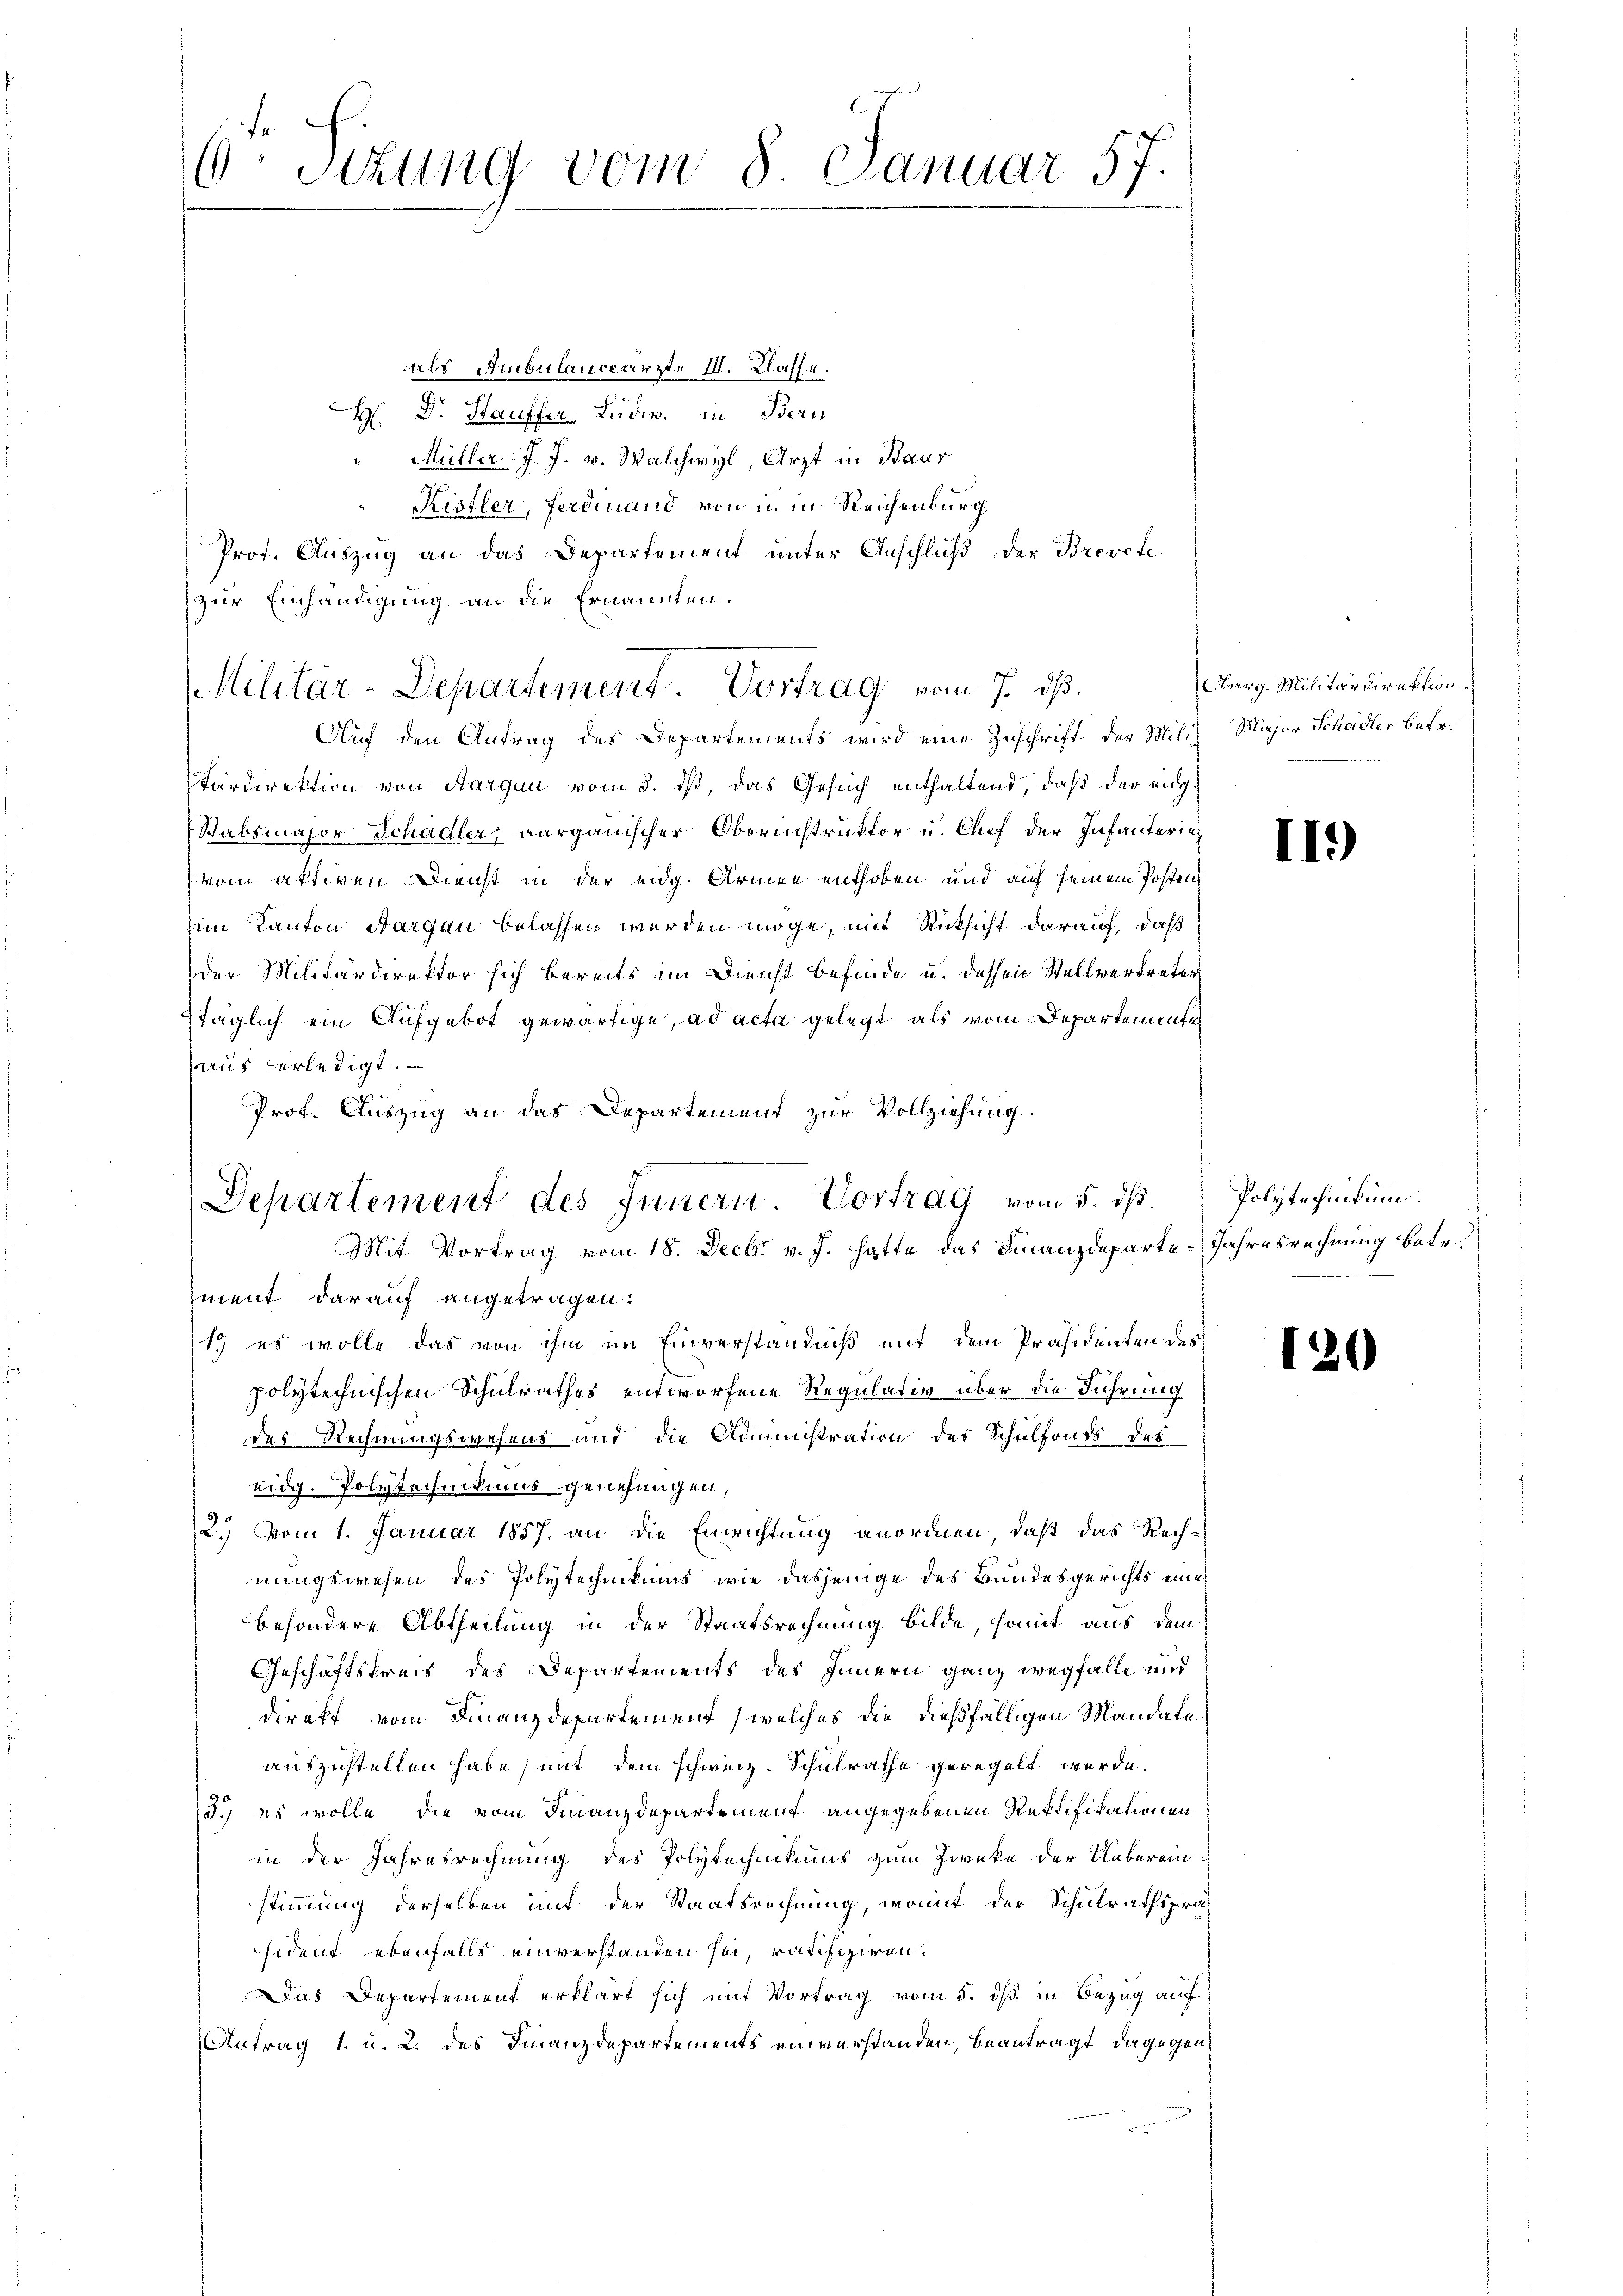
6 Sizung vom 8. Januar 57.

Militar-Departement. Vortrag vom 7. ds.

Departement des Innern. Vortrag vom 5. ds.
Mit Vortrag vom 18. Decbr v. J. hatte das Finanzdeparte-Jahresrechnung betr.

als Ambulanceärzte III. Klaff u.
H. Dr. Stauffer, Ludw. in Bern
" Müller. J. J. v. Walchwyl, Arzt in Baar
Kistler, Ferdinand von in in Reichenburg,
Prof. Auszug an das Departement unter Anschluß der Brevete
zur Einhändigung an die Ernannten.
Auf den Antrag des Departements wird eine Zuschrift der Miliz Mijor Schädler betr.
färdirektion von Aargau vom 3. ds, das Gesuch enthaltend, daß der eig
Stabsmajor Schadler aargauischer Oberinstruktor u. Chef der Infanterinvom aktiven Dienst in der eidg. Armee enthoben und auf seinem Posten
im Kanton Aargau belassen werden möge, mit Rücksicht darauf, daß
der Militärdirektor sich bereits im Dienst befinde u. dessen Stellvertreten
stäglich ein Aufgebot gewärtige, ad acta gelegt, als vom Departemente
aus verledigt.
Prof. Auszug an das Departement zur Vollziehung.
ment darauf angetragen.
19 es wolle das von ihm im Einverständniß mit dem Präsidenten des
polytechnischen Schulrathes entworfene Regulativ über die Führung
des Rechnungswesens und die Administration des Schulfonds des
eidg. Polytechnikumus genehmigen,
2.) Vom 1. Januar 1857. an die Einrichtung anormen, daß das Rechnungswesen des Polytechnikums, wie dasjenige des Bundesgerichts eine
besondere Abtheilung in der Staatsrechnung bilde, somit aus dem
Geschäftskreis des Departements des Innern ganz wegfalle und
direkt vom Finanzdepartement (welches die dießfälligen Mandate
auszustellen habe, mit dem schweiz. Schulrathe geregelt wurde.
15.) es wolle, die vom Finanzdepartement angegebenen Rektifikationen
in der Jahresrechnung des Polytechnikums zum Zwecke der Uebereinstimmung derselben mit der Staatsrechnung, womit der Schulrathsprä
sident ebenfalls einverstanden sei, ratifiziren.
Das Departement erklärt sich mit Vortrag vom 5. ds. in Bezug auf
Antrag 1. u. 2. des Finanzdepartements einverstanden, beantragt, dagegen

Marg. Militärdirektion.

II.)

Polytechnikum.

120